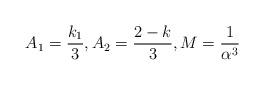
LaTeX: \begin{align*}A_1=\frac{k_1}{3},A_2=\frac{2-k}{3},M=\frac{1}{\alpha^3}\end{align*}